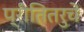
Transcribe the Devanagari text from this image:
प्रीतितरुचें